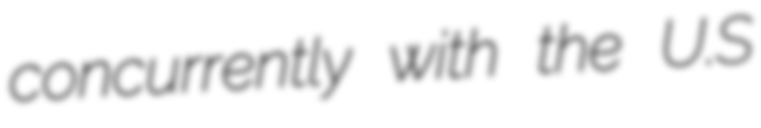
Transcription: concurrently with the U.S